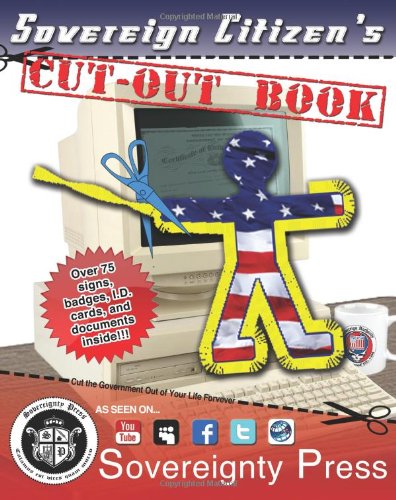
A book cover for Sovereign Citizen's Cut-Out Book 2.0: "Cut the government out of your life forever!" (Sovereign Citizen's Cut-Out Kit) (Volume 2); H.I.R.M.  J.M. Sovereign: Godsent; Self-Help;